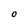
Character: O